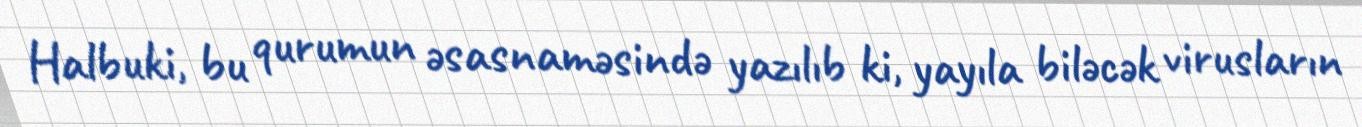
Halbuki, bu qurumun əsasnaməsində yazılıb ki, yayıla biləcək virusların